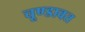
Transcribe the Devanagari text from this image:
चूण्डावत